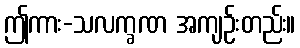
ဤကား-သလက္ခဏ အကျဉ်းတည်း။